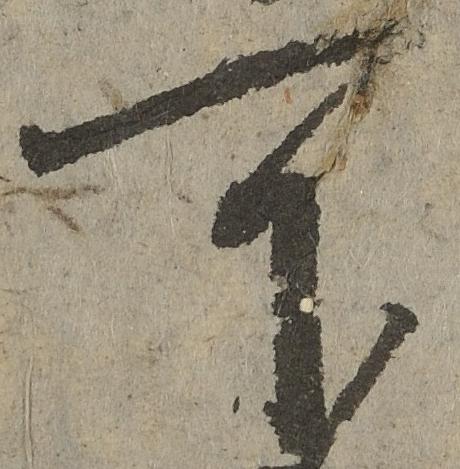
可